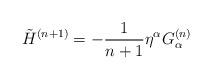
LaTeX: \begin{align*}\tilde{H}^{(n+1)}=-\frac{1}{n+1} \eta^\alpha G_\alpha^{(n)} \end{align*}